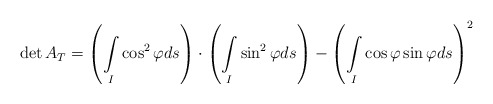
\begin{align*}\det A_T=\left( \underset{I}{\int}\cos^{2}\varphi ds\right)\cdot \left( \underset{I}{\int}\sin^{2}\varphi ds\right) -\left( \underset{I}{\int}\cos \varphi \sin \varphi ds\right)^{2}\end{align*}